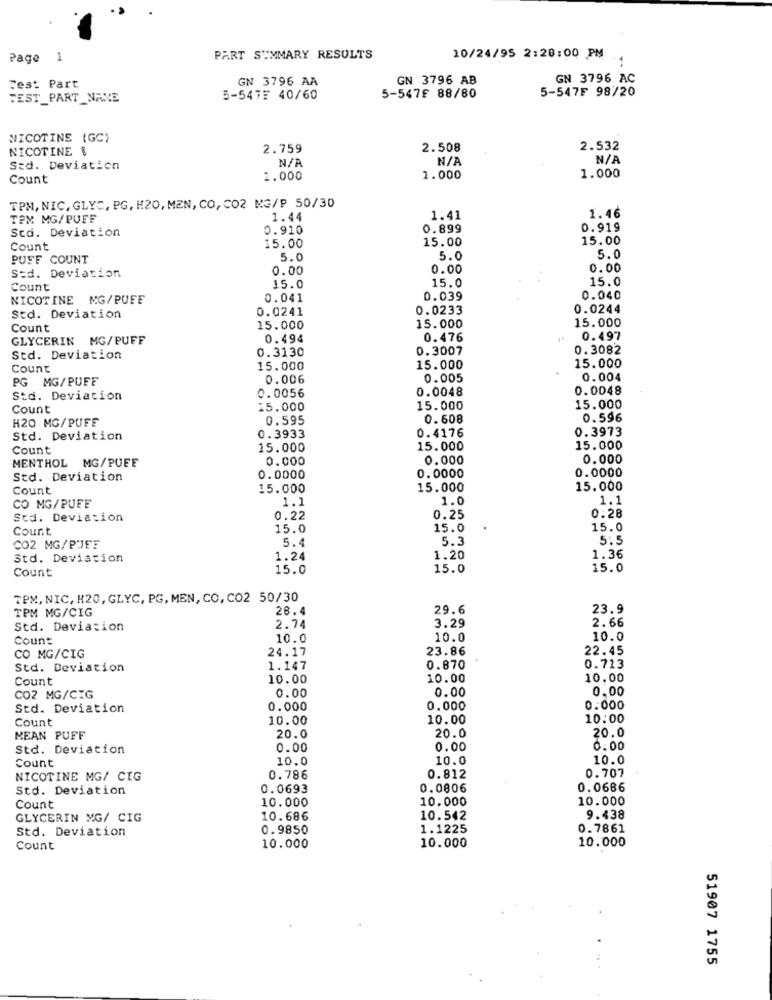
Page
1
PART SUMMARY RESULTS
10/24/95 2:28:00 PM
GN 3796 AA
GN 3796 AB
GN 3796 AC
Fest Part
5-547F 98/20
TEST_PART_NAME
5-5475 40/60
5-547£ 88/80
NICOTINE (GC)
NICOTINE &
2.759
2.508
2.532
Std. Deviation
Count
1.000
1.000
1.000
TPM, NIC, GLYC, PG, H20, MEN, CO, CO2 MG/P 50/30
TPM MG/PUFF
1.44
1.41
1.46
Sta. Deviation
0.910
0.899
0.919
15.00
15.00
Count
15.00
PUFF COUNT
5.0
5.0
5.0
0.00
0.00
0.00
Std. Deviation
15.0
15.0
Count
15.0
NICOTINE MG/PUFF
0.041
0.039
0.040
0.0241
0.0233
0.0244
Std. Deviation
Count
15.000
15.000
15.000
GLYCERIN MG/PUFF
0.494
0.476
0.497
0.3130
0.3007
0.3082
Std. Deviation
Count
15.000
15.000
15.000
PG MG/PUFF
0.006
0.005
0.004
0.0048
0.0048
Std. Deviation
0.0056
Count
15.000
15.000
15.000
H20 MG/PUFF
0.595
0.608
0.596
0.3933
0.3973
Std. Deviation
0.4176
Count
15.000
15.000
15.000
MENTHOL MG/PUFF
0.000
0.000
0.000
0.0000
0.0000
Std. Deviation
0.0000
Count
15.000
15.000
15.000
1.1
1.0
1.1
CO MG/PUFE
0.28
Std. Deviation
0.22
0.25
Count
15.0
15.0
15.0
5.3
5:5
CO2 MG/PJFE
5.4
Std. Deviation
1.24
1.20
1.36
Count
15.0
15.0
15.0
TPM, NIC, H20, GLYC, PG, MEN, CO, CO2 50/30
TPM MG/CIG
28.4
29.6
23.9
3.29
2.66
Std. Deviation
2.74
Count
10.0
10.0
10.0
24.17
23.86
22.45
CO MG/CIG
Std. Deviation
1.147
0.870
0.723
Count
10.00
10.00
10.00
0.00
0.00
0.00
CO2 MG/CIG
Std. Deviation
0.000
0.000
0.000
Count
10.00
10.00
10:00
20.0
MEAN PUFF
20.0
20.0
Std. Deviation
0.00
0.00
0.00
Count
10.0
10.0
10.0
NICOTINE MG/ CIG
0.786
0.812
0.707
Std. Deviation
0.0693
0.0806
0.0686
10.000
10.000
10.000
Count
GLYCERIN MG/ CIG
10.686
10.542
9.438
Std. Deviation
0.9850
1.1225
0.7861
10.000
Count
10.000
10.000
51907 1755